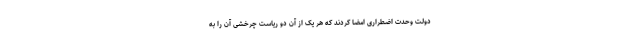
دولت وحدت اضطراری امضا کردند که هر یک از آن دو ریاست چرخشی آن را به